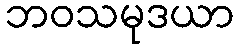
ဘဝသမုဒယာ